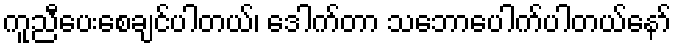
ကူညီပေးစေချင်ပါတယ်၊ ဒေါက်တာ သဘောပေါက်ပါတယ်နော်